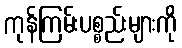
ကုန်ကြမ်းပစ္စည်းများကို